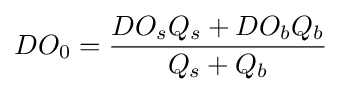
DO_{0}={\frac {DO_{s}Q_{s}+DO_{b}Q_{b}}{Q_{s}+Q_{b}}}